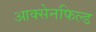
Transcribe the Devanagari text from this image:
आक्सेनफिल्ड